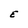
Character: E